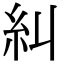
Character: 糾